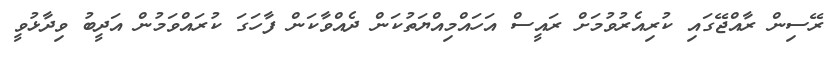
ރޭސިން ރާއްޖޭގައި ކުރިއެރުވުމަށް ރައީސް އަހައްމިއްޔަތުކަން ދެއްވާކަން ފާހަގަ ކުރައްވަމުން އަދީބު ވިދާޅުވީ